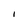
Character: I